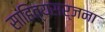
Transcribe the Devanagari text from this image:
साहित्यसर्जना